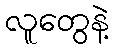
လူတွေနဲ့